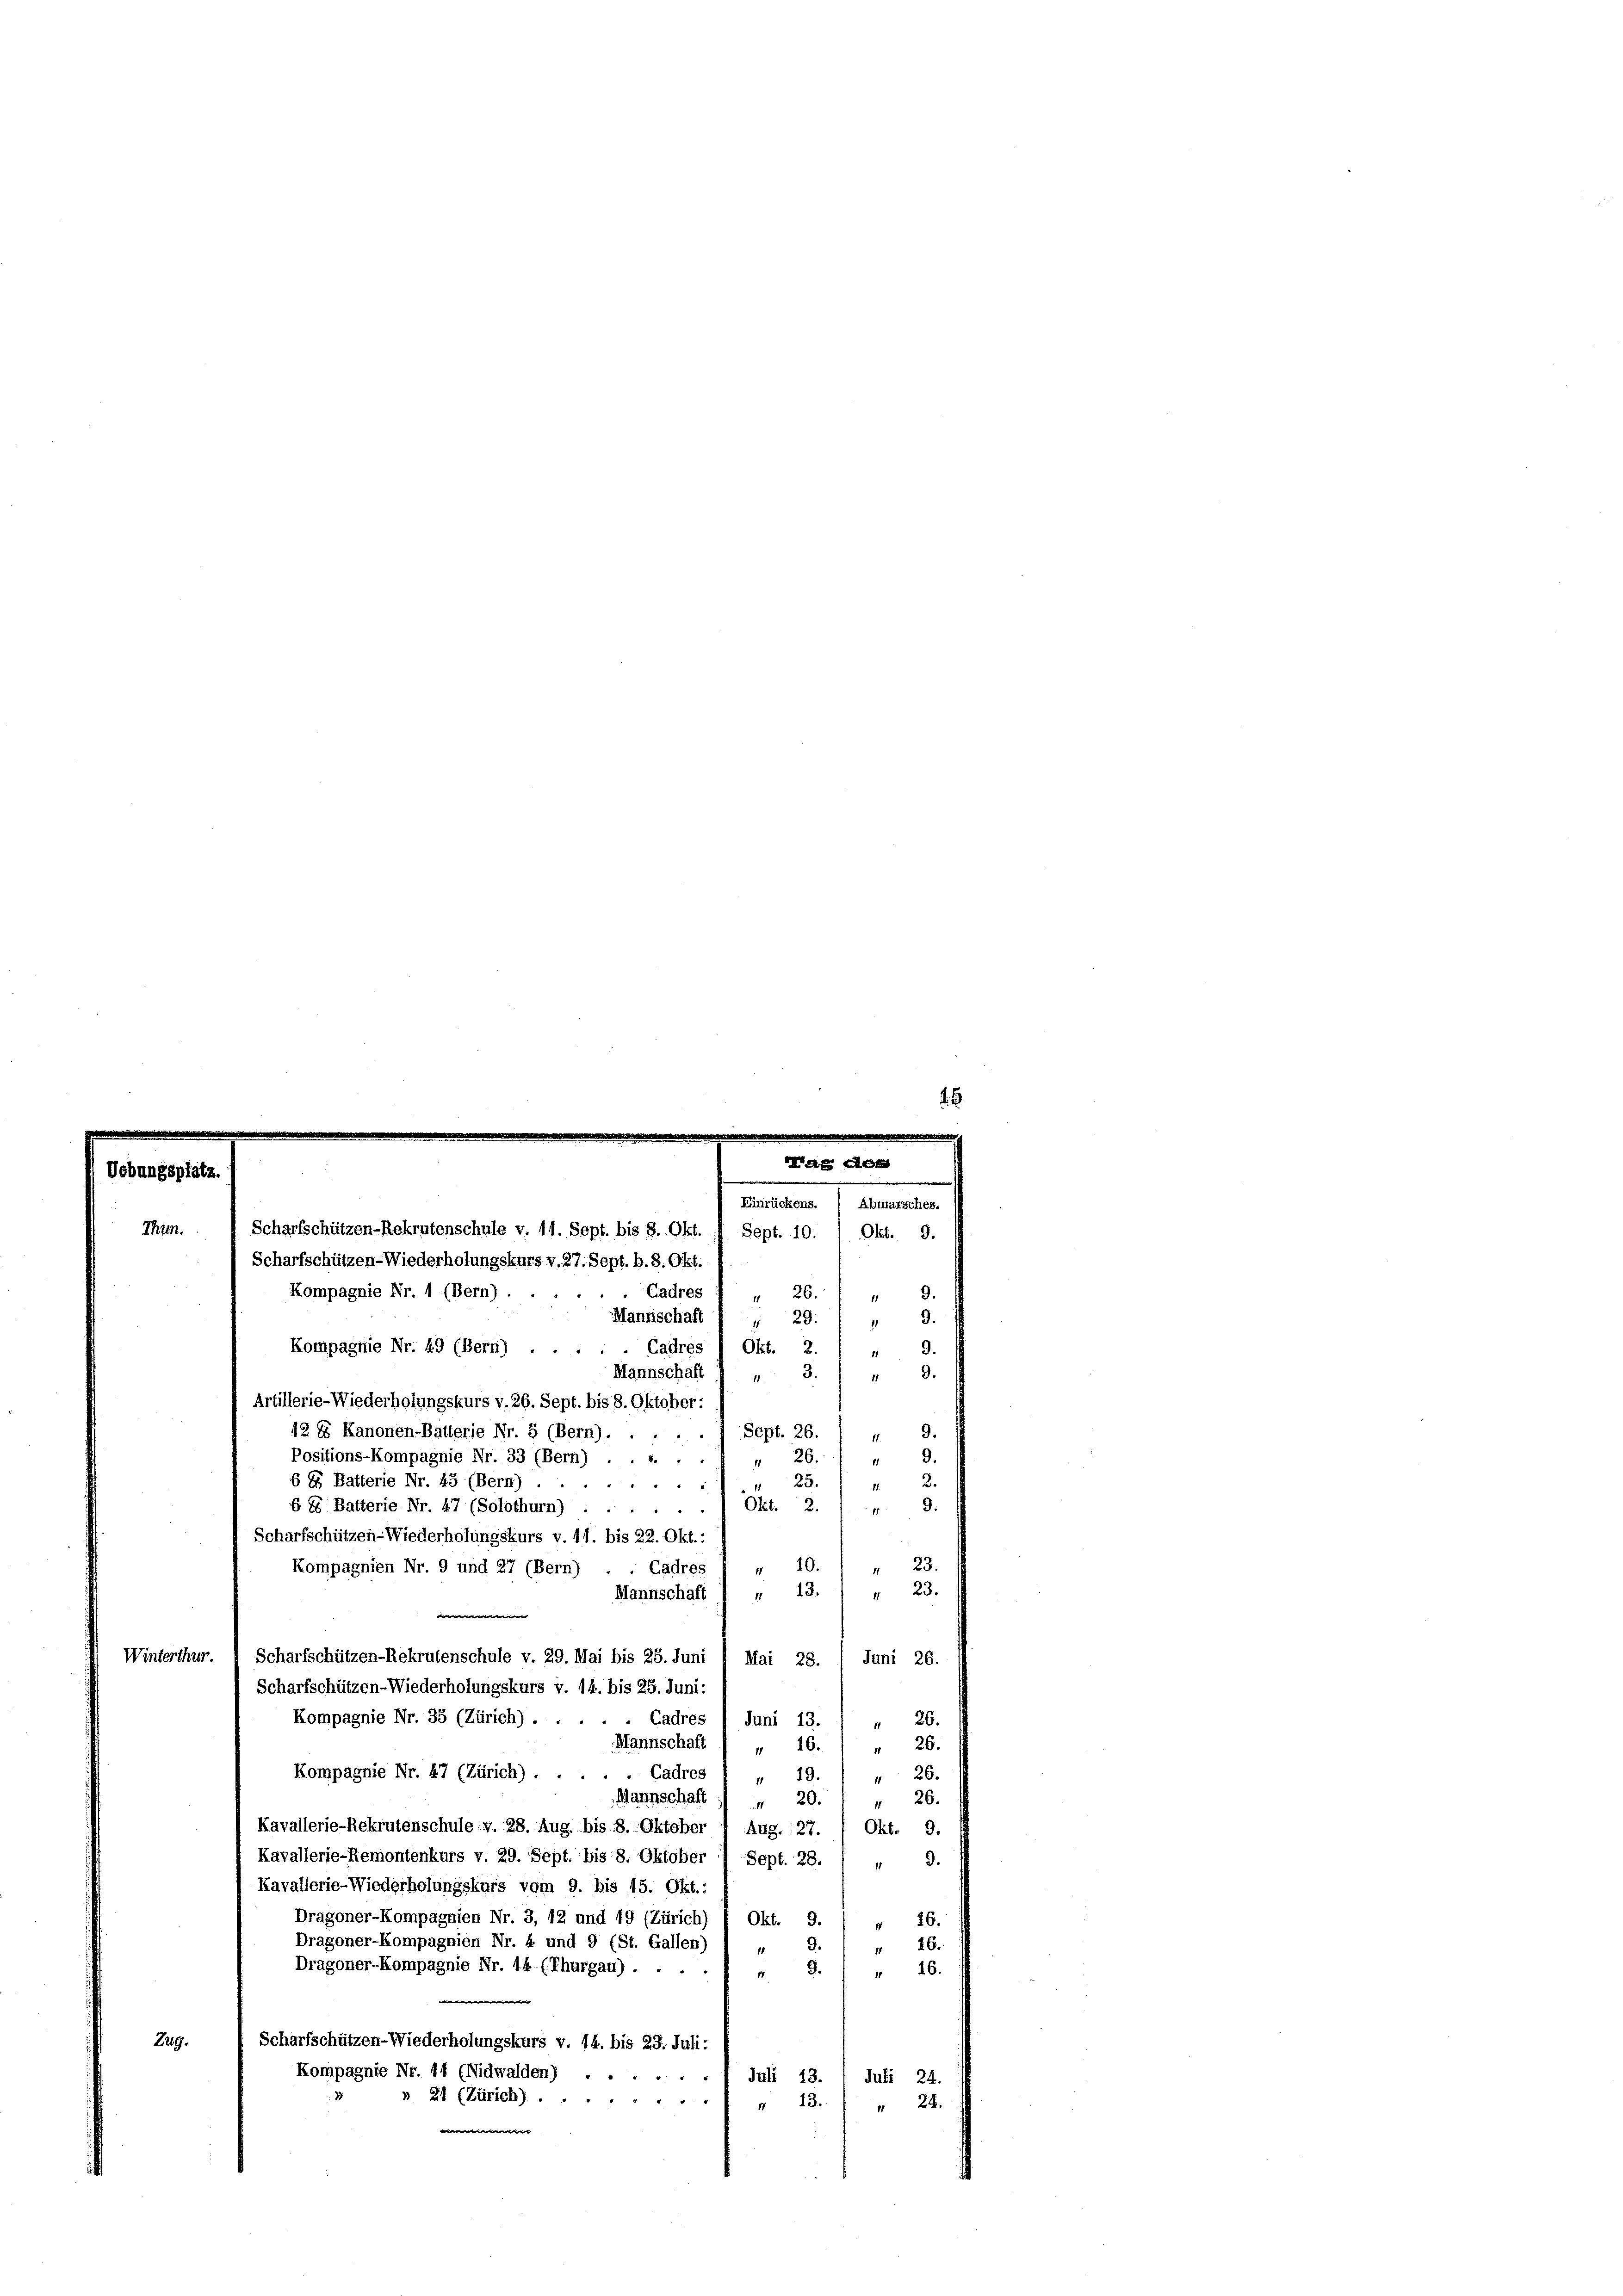
Thren.
Kompagnie Nr. 1 (Bern).
Cadres J " 26.
9.
1
Mannischaft f., 29.
.
Kompagnie Nr. 49 (Bern) . . .
Cadres h Okt. 2. 1 "
9.
9.
Mannschaft 1 „ 3.
11
Artillerie-Wiederholungskurs v. 26. Sept. bis 8. Oktober
9.
Sept. 26.
12 E Kanonen-Batterie Nr. 5 (Bern) ....
11.
9.
Positions-Kompagnie Nr. 33 (Bern) . . .. ..
 26.
14.
2
6 E Batterie Nr. 45 (Bern).
23.
11.
6 85 Batterie Nr. 47 (Solothurn)) Okt. 2. / „ 9:
Scharfschützen-Wiederholungskurs v. 11. bis 22. Okt.:
23.
Kompagnien Nr. 9 und 27 (Bern) . . Cadres 1 „ 10. 1 „
" 13. " " 23.
Mannschaft
Winterthur. Scharfschützen-Rekrutenschule v. 29. Mai bis 25. Juni 1 Mai 28.
Juni 26.
Scharfschützen-Wiederholungskurs v. 14. bis 25. Juni:
Kompagnie Nr. 35 (Zürich) . .
Cadres 1 Juni 13.
" 26.
Mannschaft ( „ 16. " " 26.
Kompagnie Nr. 47 (Zürich) . .
Cadres 1 „ 19.) " 26.
Mannschaft
26.
 20.
1
Kavallerie-Rekrutenschule v. 28. Aug bis 8. Oktober 1 Aug. 127. 1 Okt. 9.
Kavallerie-Remontenkurs v. 29. Sept. bis 8. Oktober 7 Sept. 28. / " 9.
Kavallerie-Wiederholungskurs vom 9. bis 15. Okt.:
Dragoner-Kompagnien Nr. 3, 42 und 49 (Zürich
Okt. 9.
" 26.
Dragoner-Kompagnien Nr. 4 und 9 (St. Gallen)
16.
11
11
Dragoner-Kompagnie Nr. 14. (Thurgau) ....
.
 46.
Zug.
Scharfschützen-Wiederholungskurs v. 14. bis 23. Juli:
Kompagnie Nr. 44 (Nidwalden) .....
Juli 13. / Juli 24.
» 21 (Zürich).
+ 13.
" 22.
B

g
Einrückens.
Abmarsches.
Scharfschützen-Rekrutenschule v. 11. Sept. bis 8. Okt. 17 Sept. 10. 1 Okt. 9.
Scharfschützen-Wiederholungskurs v. 27. Sept. b. 8. Okt.